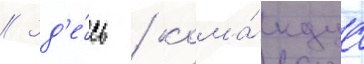
// Зд'е́сь / кома́ндуа